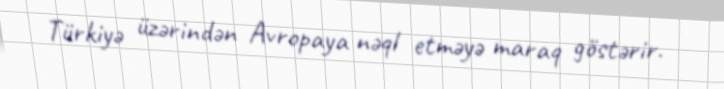
Türkiyə üzərindən Avropaya nəql etməyə maraq göstərir.